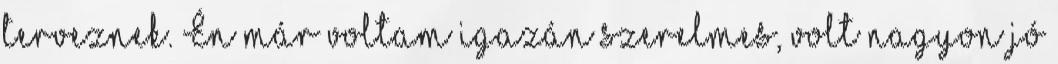
terveznek. Én már voltam igazán szerelmes, volt nagyon jó